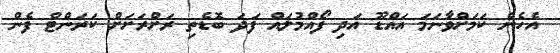
އެހެން ކަމަށްވާނަމަ އައްޑޫ އަދި ފޯއްމުލައް ފަދަ ބޮޑެތި ރަށްރަށަށް ކަރަންޓް ފެން